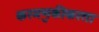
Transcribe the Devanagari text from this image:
करमणुकीकरता